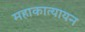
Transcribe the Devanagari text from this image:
महाकात्यायन